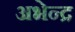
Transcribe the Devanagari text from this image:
अभेन्द्र